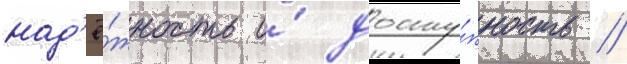
над'ё́жность и́ досту́пность //